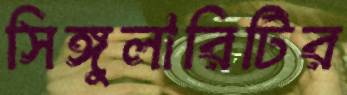
সিঙ্গুলারিটির